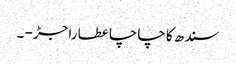
سندھ کا چاچا عطا راجڑ - ۔